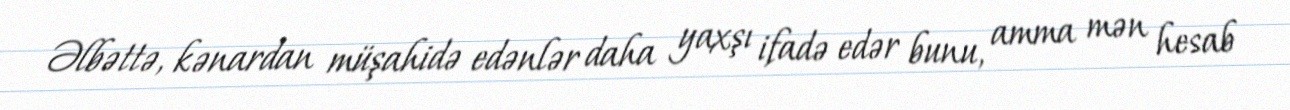
Əlbəttə, kənardan müşahidə edənlər daha yaxşı ifadə edər bunu, amma mən hesab